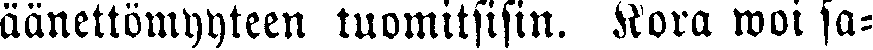
äänettömyyteen tuomitsisin. Kora woi sa-